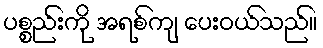
ပစ္စည်းကို အရစ်ကျ ပေးဝယ်သည်။